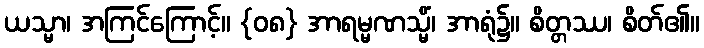
ယသ္မာ၊ အကြင်ကြောင့်။ {၀၈} အာရမ္မဏသ္မိံ၊ အာရုံ၌။ စိတ္တဿ၊ စိတ်၏။